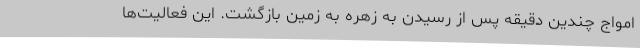
امواج چندین دقیقه پس از رسیدن به زهره به زمین بازگشت. این فعالیت‌ها